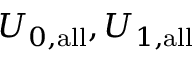
U _ { 0 , \mathrm { a l l } } , U _ { 1 , \mathrm { a l l } }